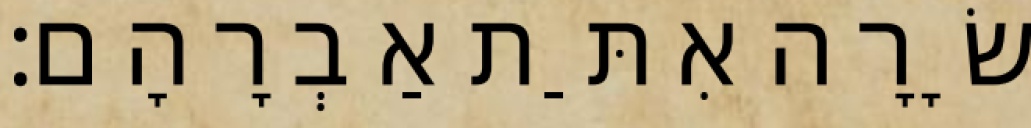
שָׂרָה אִתַּת אַבְרָהָם׃